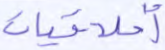
أخلاقيات